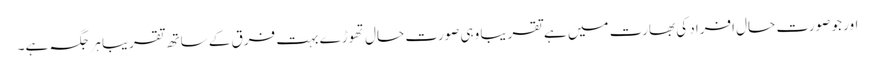
اور جو صورت حال افراد کی بھارت میں ہے تقریبا وہی صورت حال تھوڑے بہت فرق کے ساتھ تقریبا ہر جگہ ہے۔